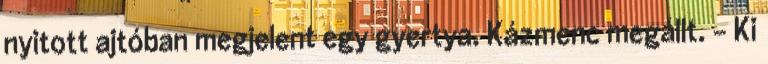
nyitott ajtóban megjelent egy gyertya. Kázmenc megállt. – Ki